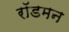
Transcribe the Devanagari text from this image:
रॉडमन